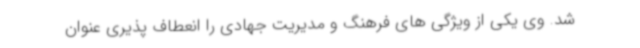
شد. وی یکی از ویژگی های فرهنگ و مدیریت جهادی را انعطاف پذیری عنوان